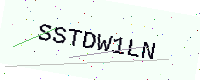
Text: SSTDW1LN